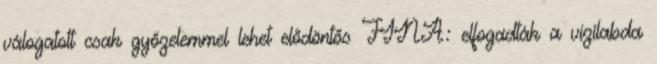
válogatott csak győzelemmel lehet elődöntős FINA: elfogadták a vízilabda